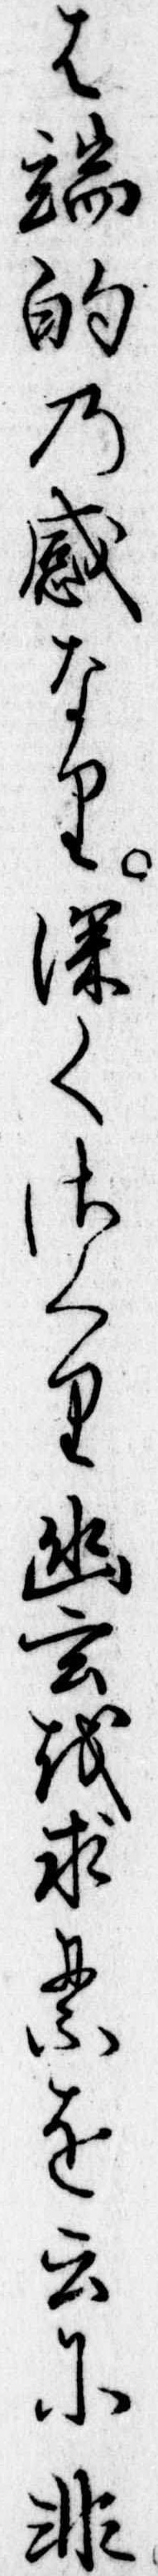
は端的の感なり深くさくり幽玄を求るを云に非